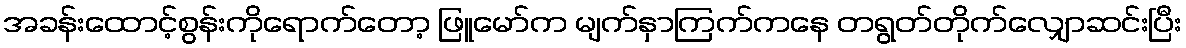
အခန်းထောင့်စွန်းကိုရောက်တော့ ဖြူမော်က မျက်နှာကြက်ကနေ တရွတ်တိုက်လျှောဆင်းပြီး